Annual report of the Civil Veterinary Department, Bengal, for the year 1895-96 - 1895-1896
Year: 1895
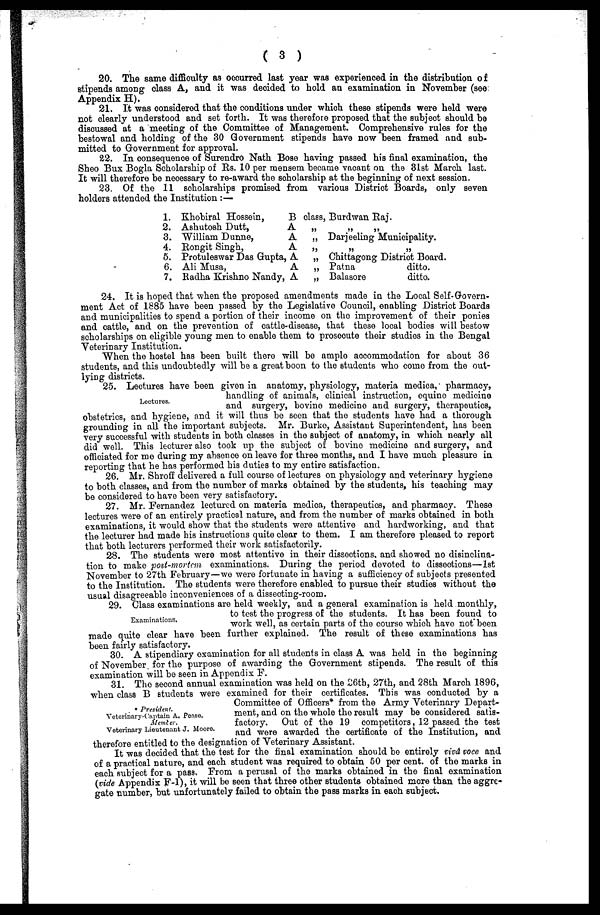
(3)
20. The same difficulty as occurred last year was experienced in the distribution of
stipends among class A, and it was decided to hold an examination in November (see
Appendix H).
21. It was considered that the conditions under which these stipends were held were
not clearly understood and set forth. It was therefore proposed that the subject should be
discussed at a meeting of the Committee of Management. Comprehensive rules for the
bestowal and holding of the 30 Government stipends have now been framed and sub-
mitted to Government for approval.
22. In consequence of Surendro Nath Bose having passed his final examination, the
Sheo Bux Bogla Scholarship of Rs. 10 per mensem became vacant on the 31st March last.
It will therefore be necessary to re-award the scholarship at the beginning of next session.
23. Of the 11 scholarships promised from various District Boards, only seven
holders attended the Institution :—
1.
2.
3.
4.
5.
6.
7.
Khobiral Hossoin,
Ashutosh Dutt,
William Dunne,
Rongit Singh,
Protuleswar Das Gupta,
Ali Musa,
Radha Krishno Nandy,
B class, Burdwan Raj.
A „ „ „
A „ Darjeeling Municipality.
A „ „ „
A „ Chittagong District Board.
A „ Patna
ditto.
A „ Bala8ore
ditto.
24. It is hoped that when the proposed amendments made in the Local Self-Govern-
ment Act of 1885 have been passed by the Legislative Council, enabling District Boards
and municipalities to spend a portion of their income on the improvement of their ponies
and cattle, and on the prevention of cattle-disease, that these local bodies will bestow
scholarships on eligible young men to enable them to prosecute their studies in the Bengal
Veterinary Institution.
When the hostel has been built there will be ample accommodation for about 36
students, and this undoubtedly will be a great boon to the students who come from the out-
lying districts.
Lectures.
25. Lectures have been given in anatomy, physiology, materia medica, pharmacy,
handling of animals, clinical instruction, equine medicine
and surgery, bovine medicine and 6urgery, therapeutics,
obstetrics, and hygiene, and it will thus be seen that the students have had a thorough
grounding in all the important subjects. Mr. Burke, Assistant Superintendent, has been
very successful with students in both classes in the subject of anatomy, in which nearly all
did well. This lecturer also took up the subject of bovine medicine and surgery, and
officiated for me during my absence on leave for three months, and I have much pleasure in
reporting that he has performed his duties to my entire satisfaction.
26. Mr. Shroff delivered a full course of lectures on physiology and veterinary hygiene
to both classes, and from the number of marks obtained by the students, his teaching may
be considered to have been very satisfactory.
27. Mr. Fernandez lectured on materia medica, therapeutics, and pharmacy. These
lectures were of an entirely practical nature, and from the number of marks obtained in both
examinations, it would show that the students wore attentive and hardworking, and that
the lecturer had made his instructions quite clear to them. I am therefore pleased to report
that both lecturers performed their work satisfactorily.
28. The students were most attentive in their dissections. and showed no disinclina-
tion to make post-mortem examinations. During the period devoted to dissections—1st
November to 27th February—we were fortunate in having a sufficiency of subjects presented
to the Institution. The students were therefore enabled to pursue their studies without the
usual disagreeable inconveniences of a dissecting-room.
Examinations.
29. Class examinations are held weekly, and a general examination is held monthly,
to test the progress of the students. It has been found to
work well, as certain parts of the course which have not been
made quite clear have been further explained. The result of these examinations has
been fairly satisfactory.
30. A stipendiary examination for all students in class A was held in the beginning
of November for the purpose of awarding the Government stipends. The result of this
examination will be seen in Appendix F.
• President.
Veterinary-Captain A. Pease.
Member.
Veterinary Lieutenant J. Mooro.
31. The second annual examination was held on the 26th, 27th, and 28th March 1896,
when class B students were examined for their certificates. This was conducted by a
Committee of Officers* from the Army Veterinary Depart-
ment, and on the whole the result may be considered satis-
factory.
Out of the 19 competitors, 12 passed the test
and were awarded the certificate of the Institution, and
therefore entitled to the designation of Veterinary Assistant.
It was decided that the test for the final examination should bo entirely vivd voce and
of a practical nature, and each student was required to obtain 50 per cent. of the marks in
each subject for a pas9. From a perusal of the marks obtained in the final examination
(vide Appendix F-l), it will be seen that three other students obtained more than the aggre-
gate number, but unfortunately failed to obtain the pass marks in each subject.